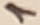
Text: 1